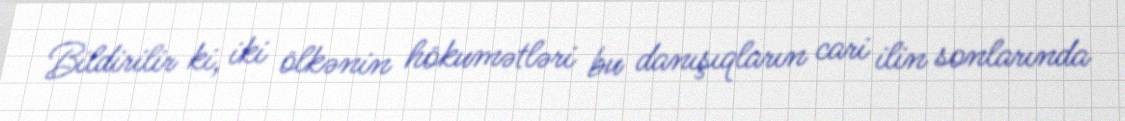
Bildirilir ki, iki ölkənin hökumətləri bu danışıqların cari ilin sonlarında